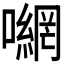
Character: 𭋮